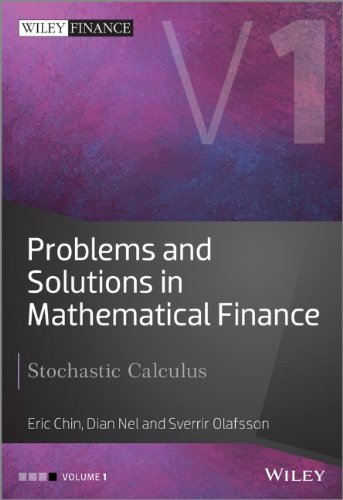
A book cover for Problems and Solutions in Mathematical Finance: Stochastic Calculus (The Wiley Finance Series); Eric Chin; Business & Money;